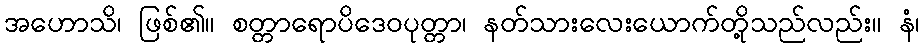
အဟောသိ၊ ဖြစ်၏။ စတ္တာရောပိဒေဝပုတ္တာ၊ နတ်သားလေးယောက်တို့သည်လည်း။ နံ၊